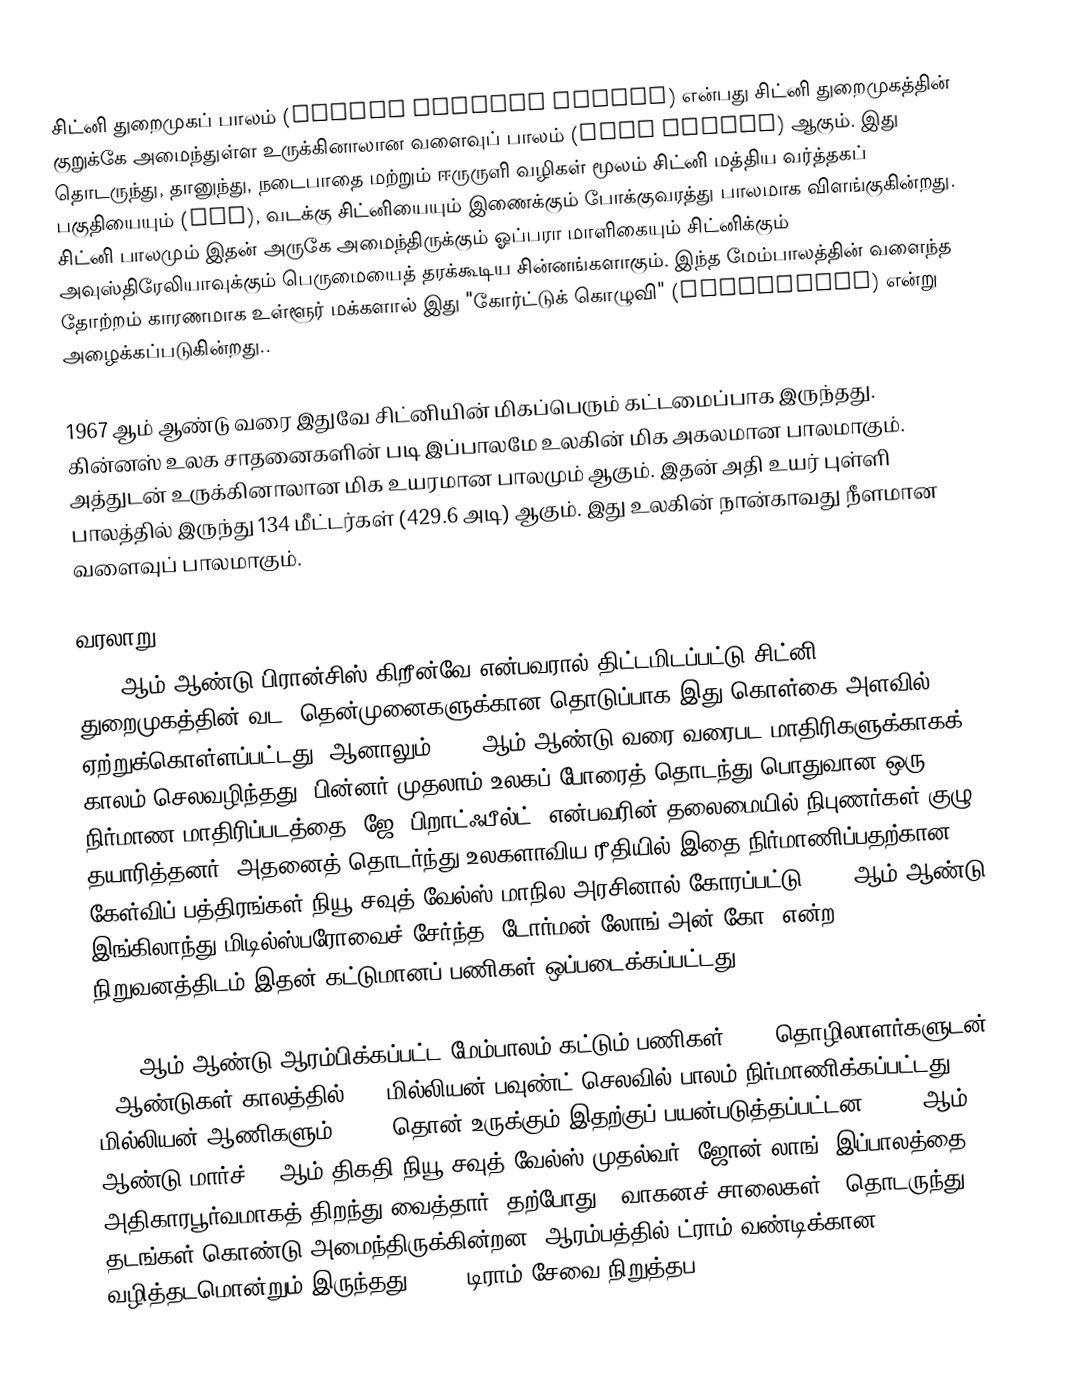
சிட்னி துறைமுகப் பாலம் (Sydney Harbour Bridge) என்பது சிட்னி துறைமுகத்தின் குறுக்கே அமைந்துள்ள உருக்கினாலான வளைவுப் பாலம் (arch bridge) ஆகும். இது தொடருந்து, தானுந்து, நடைபாதை மற்றும் ஈருருளி வழிகள் மூலம் சிட்னி மத்திய வர்த்தகப் பகுதியையும் (CBD), வடக்கு சிட்னியையும் இணைக்கும் போக்குவரத்து பாலமாக விளங்குகின்றது. சிட்னி பாலமும் இதன் அருகே அமைந்திருக்கும் ஓப்பரா மாளிகையும் சிட்னிக்கும் அவுஸ்திரேலியாவுக்கும் பெருமையைத் தரக்கூடிய சின்னங்களாகும். இந்த மேம்பாலத்தின் வளைந்த தோற்றம் காரணமாக உள்ளூர் மக்களால் இது "கோர்ட்டுக் கொழுவி" (Coathanger) என்று அழைக்கப்படுகின்றது..

1967 ஆம் ஆண்டு வரை இதுவே சிட்னியின் மிகப்பெரும் கட்டமைப்பாக இருந்தது. கின்னஸ் உலக சாதனைகளின் படி இப்பாலமே உலகின் மிக அகலமான பாலமாகும். அத்துடன் உருக்கினாலான மிக உயரமான பாலமும் ஆகும். இதன் அதி உயர் புள்ளி பாலத்தில் இருந்து 134 மீட்டர்கள் (429.6 அடி) ஆகும். இது உலகின் நான்காவது நீளமான வளைவுப் பாலமாகும்.

வரலாறு
1815 ஆம் ஆண்டு பிரான்சிஸ் கிறீன்வே என்பவரால் திட்டமிடப்பட்டு சிட்னி துறைமுகத்தின் வட, தென்முனைகளுக்கான தொடுப்பாக இது கொள்கை அளவில் ஏற்றுக்கொள்ளப்பட்டது. ஆனாலும் 1900 ஆம் ஆண்டு வரை வரைபட மாதிரிகளுக்காகக் காலம் செலவழிந்தது. பின்னர் முதலாம் உலகப் போரைத் தொடந்து பொதுவான ஒரு நிர்மாண மாதிரிப்படத்தை "ஜே. பிறாட்ஃபீல்ட்" என்பவரின் தலைமையில் நிபுணர்கள் குழு தயாரித்தனர். அதனைத் தொடர்ந்து உலகளாவிய ரீதியில் இதை நிர்மாணிப்பதற்கான கேள்விப் பத்திரங்கள் நியூ சவுத் வேல்ஸ் மாநில அரசினால் கோரப்பட்டு 1922 ஆம் ஆண்டு இங்கிலாந்து மிடில்ஸ்பரோவைச் சேர்ந்த "டோர்மன் லோங் அன் கோ" என்ற நிறுவனத்திடம் இதன் கட்டுமானப் பணிகள் ஒப்படைக்கப்பட்டது.

1924 ஆம் ஆண்டு ஆரம்பிக்கப்பட்ட மேம்பாலம் கட்டும் பணிகள் 1400 தொழிலாளர்களுடன் 8 ஆண்டுகள் காலத்தில் 4.2 மில்லியன் பவுண்ட் செலவில் பாலம் நிர்மாணிக்கப்பட்டது. 6 மில்லியன் ஆணிகளும் 53000 தொன் உருக்கும் இதற்குப் பயன்படுத்தப்பட்டன. 1932 ஆம் ஆண்டு மார்ச் 19 ஆம் திகதி நியூ சவுத் வேல்ஸ் முதல்வர் "ஜோன் லாங்" இப்பாலத்தை அதிகாரபூர்வமாகத் திறந்து வைத்தார். தற்போது 8 வாகனச் சாலைகள் 2 தொடருந்து தடங்கள் கொண்டு அமைந்திருக்கின்றன. ஆரம்பத்தில் ட்ராம் வண்டிக்கான வழித்தடமொன்றும் இருந்தது. 1950 டிராம் சேவை நிறுத்தப